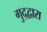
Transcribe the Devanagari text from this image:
गुद्द्वारा